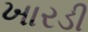
ખારડી